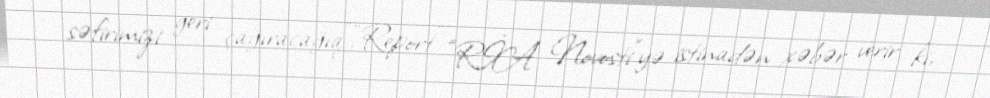
səfirimizi geri çağıracağıq".“Report” “RİA Novosti”yə istinadən xəbər verir ki,